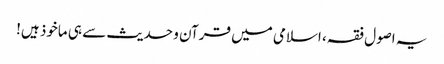
یہ اصول فقہ، اسلامی میں قرآن و حدیث سے ہی ماخوذ ہیں!